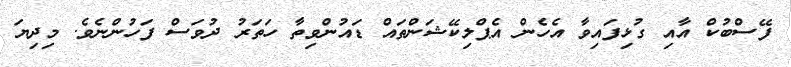
ފޭސްބުކް އާއި ގުޅިފައިވާ އެހެން އެޕްލިކޭޝަންތައް ޑައުންވިތާ ހަތަރު ދުވަސް ފަހުންނެވެ. މިދިޔަ